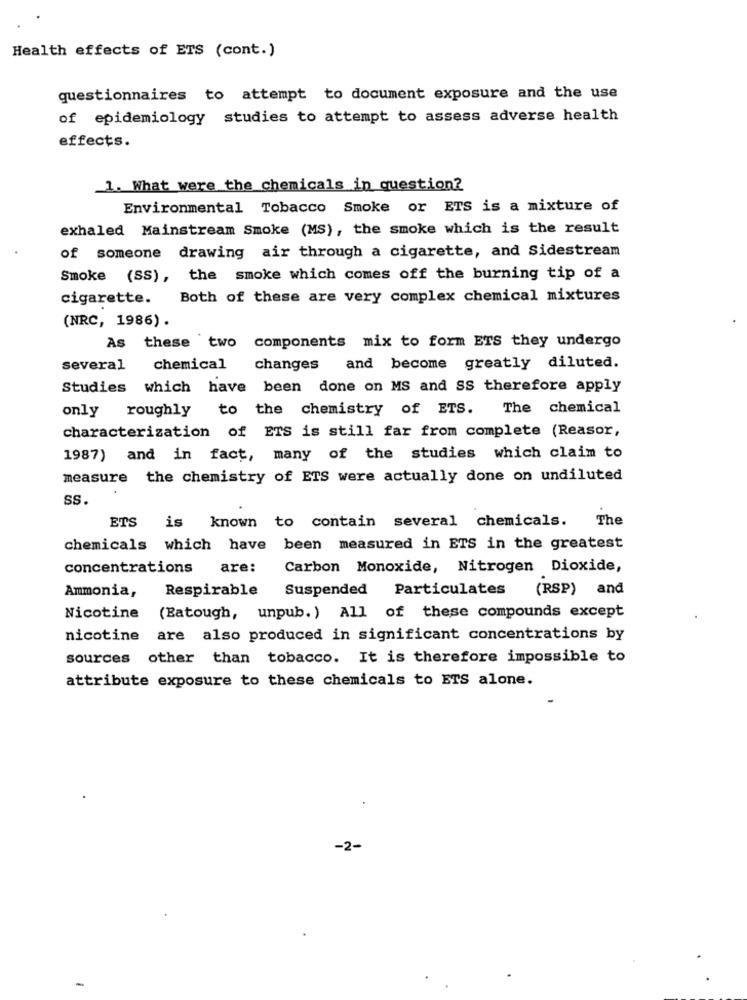
Health effects of ETS (cont.)
questionnaires to attempt to document exposure and the use
of epidemiology studies to attempt to assess adverse health
effects.
1. What were the chemicals in question?
Environmental Tobacco Smoke or ETS is a mixture of
exhaled Mainstream Smoke (MS), the smoke which is the result
of someone drawing air through a cigarette, and Sidestream
Smoke (SS), the smoke which comes off the burning tip of a
cigarette. Both of these are very complex chemical mixtures
(NRC, 1986).
As these two components mix to form ETS they undergo
several
chemical changes and become greatly diluted.
Studies which have been done on MS and SS therefore apply
only roughly to the chemistry of ETS. The chemical
characterization of ETS is still far from complete (Reasor,
1987) and in fact, many of the studies which claim to
measure the chemistry of ETS were actually done on undiluted
ss.
ETS
is known to contain several chemicals.
The
chemicals which have been measured in ETS in the greatest
concentrations
are:
Carbon Monoxide, Nitrogen Dioxide,
Ammonia,
Respirable Suspended Particulates
(RSP) and
Nicotine (Batough, unpub. ) All of these compounds except
nicotine are also produced in significant concentrations by
sources other than tobacco. It is therefore impossible to
attribute exposure to these chemicals to ETS alone.
-2